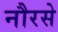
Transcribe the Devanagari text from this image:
नौरसे